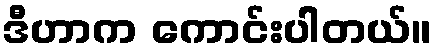
ဒီဟာက ကောင်းပါတယ်။